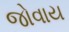
જોવાય